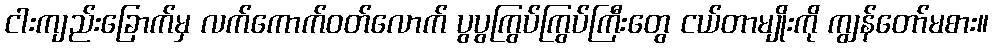
ငါးကျည်းခြောက်မှ လက်ကောက်ဝတ်လောက် ပွပွကြွပ်ကြွပ်ကြီးတွေ ငယ်တာမျိုးကို ကျွန်တော်မစား။